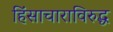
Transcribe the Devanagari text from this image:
हिंसाचाराविरुद्ध